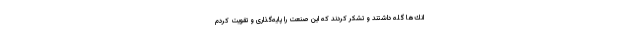
انك‌ها گله داشتند و تشكر كردند كه این صنعت را پایه‌گذارى و تقویت ‌كردم